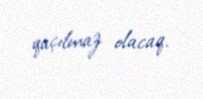
qaçılmaz olacaq.